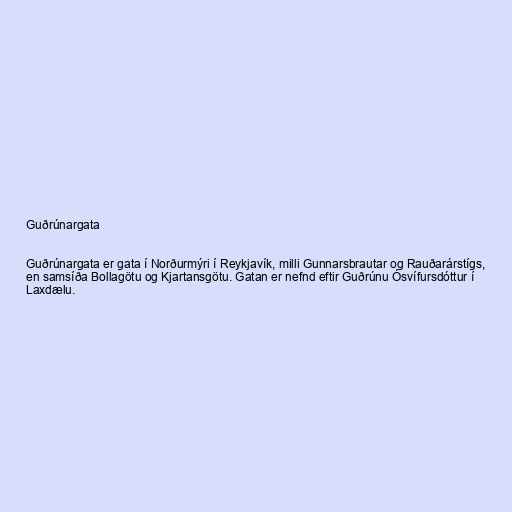
Guðrúnargata

Guðrúnargata er gata í Norðurmýri í Reykjavík, milli Gunnarsbrautar og Rauðarárstígs,
en samsíða Bollagötu og Kjartansgötu. Gatan er nefnd eftir Guðrúnu Ósvífursdóttur í
Laxdælu.